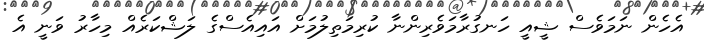
އެހެން ނަމަވެސް ޝީއީ ހަނގުރާމަވެރިންނާ ކުރިމަތިލުމަށް އައިއެސްގެ ލަޝްކަރެއް މިހާރު ވަނީ އެ